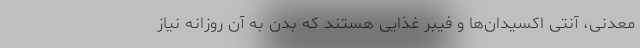
معدنی، آنتی اکسیدان‌ها و فیبر غذایی هستند که بدن به آن روزانه نیاز